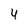
Character: 4